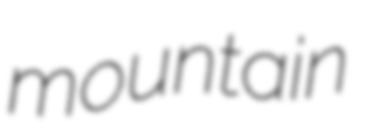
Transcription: mountain